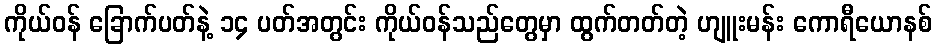
ကိုယ်ဝန် ခြောက်ပတ်နဲ့ ၁၄ ပတ်အတွင်း ကိုယ်ဝန်သည်တွေမှာ ထွက်တတ်တဲ့ ဟျူးမန်း ကောရီယောနစ်